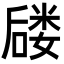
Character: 𪢈